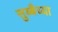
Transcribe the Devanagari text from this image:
सुब्बैय्या